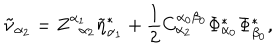
\tilde { \nu } _ { \alpha _ { 2 } } = Z _ { \; \; \alpha _ { 2 } } ^ { \alpha _ { 1 } } \tilde { \eta } _ { \alpha _ { 1 } } ^ { * } + \frac 1 2 C _ { \alpha _ { 2 } } ^ { \alpha _ { 0 } \beta _ { 0 } } \Phi _ { \alpha _ { 0 } } ^ { * } \Phi _ { \beta _ { 0 } } ^ { * } ,